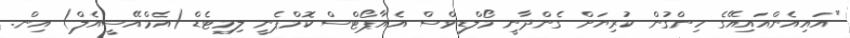
"އައިއެންއައިއޭގެ ހިންގުން ކުރިޔަށް ގެންދާނީ މޯލްޑިވްސް އެއާޕޯޓްސް ކޮމްޕެނީ ލިމިޓެޑް (އެމްއޭސީއެލް) އިން.